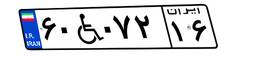
۶۰W۰۷۲۱۶